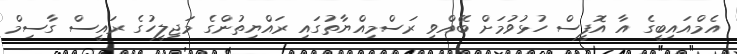
އެމްއައިބީގެ އާ އޮފީސް ހުޅުވުމަށް ބޭއްވި ރަސްމިއްޔާތުގައި ރައްޔިތުންގެ މަޖިލީހުގެ ރައީސް ގާސިމް